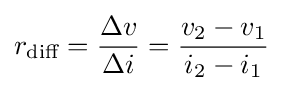
r_{\text{diff}}={\frac {\Delta v}{\Delta i}}={\frac {v_{2}-v_{1}}{i_{2}-i_{1}}}